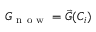
G _ { \mathrm { ~ n ~ o ~ w ~ } } = \vec { G } ( C _ { i } )